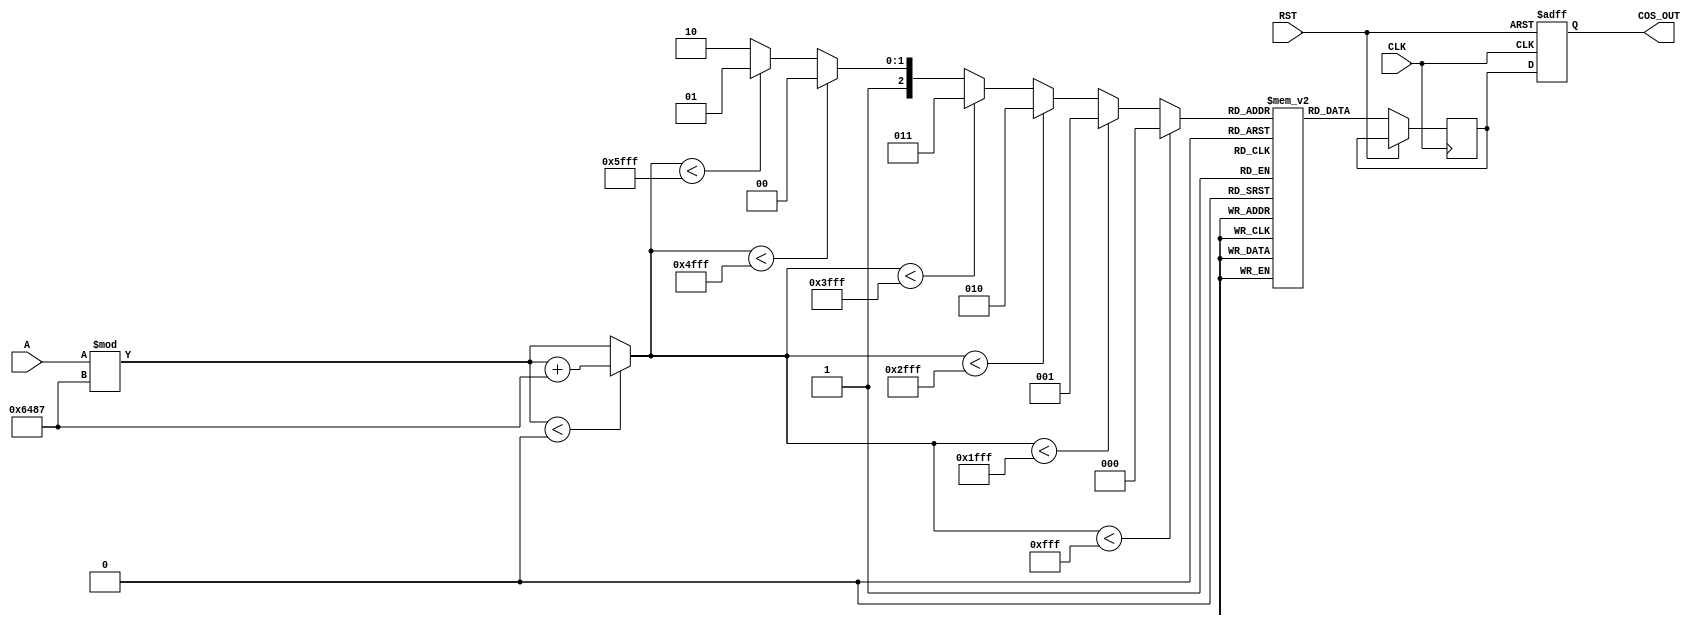
module cosine_block (
    input wire [15:0] A,   // Angle input in fixed point (e.g., 16 bits)
    input wire CLK,
    input wire RST,
    output reg [15:0] COS_OUT // Cosine output in fixed point
);

    // Constants
    parameter PI = 16'h3243; //  in fixed point (16 bits)
    parameter TWO_PI = 16'h6487; // 2 in fixed point (16 bits)

    // Lookup Table for common angles (in fixed point representation)
    reg [15:0] LUT [0:6]; // Size of LUT for 0, /6, /4, /3, /2, 2/3, 
    initial begin
        LUT[0]  = 16'h0000; // cos(0)
        LUT[1]  = 16'h2D41; // cos(/6)
        LUT[2]  = 16'h3FFF; // cos(/4)
        LUT[3]  = 16'h2D41; // cos(/3)
        LUT[4]  = 16'h0000; // cos(/2)
        LUT[5]  = -16'h2D41; // cos(2/3)
        LUT[6]  = -16'h3FFF; // cos()
    end

    // Internal signals
    reg [15:0] normalized_angle;
    reg [2:0] LUT_index;
    reg [15:0] COS_temp;

    // Normalize angle to [0, 2)
    always @(*) begin
        normalized_angle = A % TWO_PI; // Modulo operation for normalization
        if (normalized_angle < 0) begin
            normalized_angle = normalized_angle + TWO_PI; // Ensure it's positive
        end
    end

    // Determine LUT index
    always @(*) begin
        if (normalized_angle < 16'h0FFF)       // < /6
            LUT_index = 3'b000; // LUT[0]
        else if (normalized_angle < 16'h1FFF)  // < /4
            LUT_index = 3'b001; // LUT[1]
        else if (normalized_angle < 16'h2FFF)  // < /3
            LUT_index = 3'b010; // LUT[2]
        else if (normalized_angle < 16'h3FFF)  // < /2
            LUT_index = 3'b011; // LUT[3]
        else if (normalized_angle < 16'h4FFF)  // < 2/3
            LUT_index = 3'b100; // LUT[4]
        else if (normalized_angle < 16'h5FFF)  // < 
            LUT_index = 3'b101; // LUT[5]
        else                                    // >= 
            LUT_index = 3'b110; // LUT[6]
    end

    // Compute cosine value using LUT
    always @(posedge CLK or posedge RST) begin
        if (RST) begin
            COS_OUT <= 16'h0000; // Reset output
        end else begin
            COS_temp <= LUT[LUT_index]; // Get value from LUT
            COS_OUT <= COS_temp; // Output the cosine value
        end
    end

endmodule